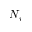
N _ { i }